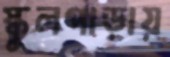
স্কুলপাড়ায়